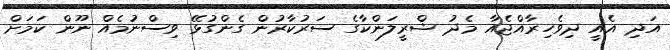
އަދި އެއީ ދިވެހިރާއްޖެއާ މެދު ޝްރީލަންކާގެ ސަރުކާރުން ގެންގުޅޭ ވިސްނުމެއް ނޫން ކަމަށް